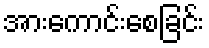
အားကောင်းစေခြင်း